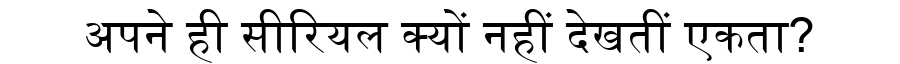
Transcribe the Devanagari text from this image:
अपने ही सीरियल क्यों नहीं देखतीं एकता?